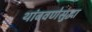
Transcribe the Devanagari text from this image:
थांबवणेसुद्धा